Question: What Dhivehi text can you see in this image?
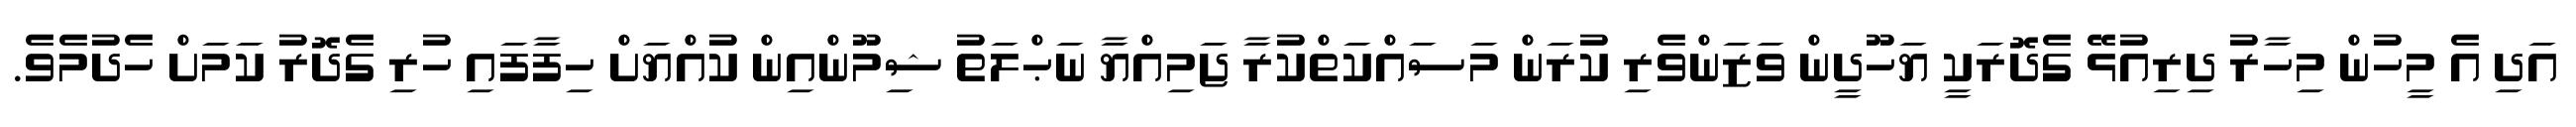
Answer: އަދި އެ މީހުން މިހާރު ދިރިއުޅޭ ގެދޮރަކީ ޔަހޫދީން ވަޒަންވެރި ކުރަން މަސައްކަތްކުރާ ޖަމިއްޔާ ނަޙްލަތު ޝިމޫންއިން ކުއްޔަށް ހިފާފައި ހުރި ގެދޮރު ކަމަށް ހެދުމެވެ.